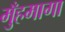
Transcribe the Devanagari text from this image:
मुँहमागा